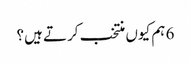
6 ہم کیوں منتخب کرتے ہیں؟